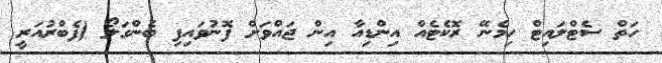
ހަތް ސެޓްލައިޓް ހިމެނޭ ރޮކެޓެއް އިންޑިއާ އިން ޖައްވަށް ފޮނުވައިފި ބެންގަލޯ (ފެބްރުއަރީ